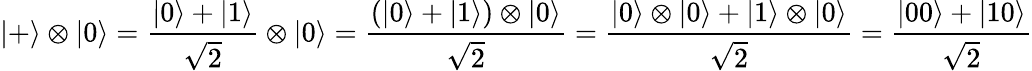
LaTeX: |+\rangle\otimes|0\rangle=\frac{|0\rangle+|1\rangle}{\sqrt{2}}\otimes|0\rangle=\frac{(|0\rangle+|1\rangle)\otimes|0\rangle}{\sqrt{2}}=\frac{|0\rangle\otimes|0\rangle+|1\rangle\otimes|0\rangle}{\sqrt{2}}=\frac{|00\rangle+|10\rangle}{\sqrt{2}}